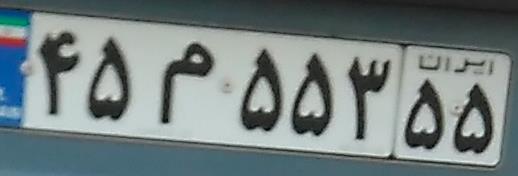
۴۵م۵۵۳۵۵